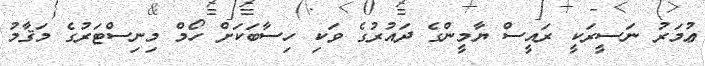
ޢުމަރު ނަސީރަކީ ރައީސް ޔާމީންގެ ދައުރުގެ ވަކި ހިސާބަކަށް ހޯމް މިނިސްޓަރުގެ މަޤާމު